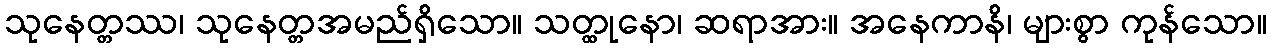
သုနေတ္တဿ၊ သုနေတ္တအမည်ရှိသော။ သတ္ထုနော၊ ဆရာအား။ အနေကာနိ၊ များစွာ ကုန်သော။